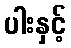
ပါးနှင့်